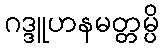
ဂဒ္ဒူဟနမတ္တမ္ပိ